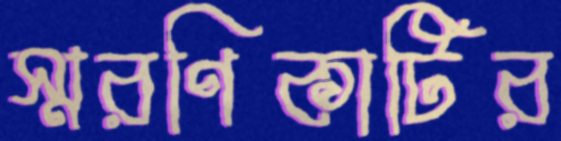
স্মরণিকাটির